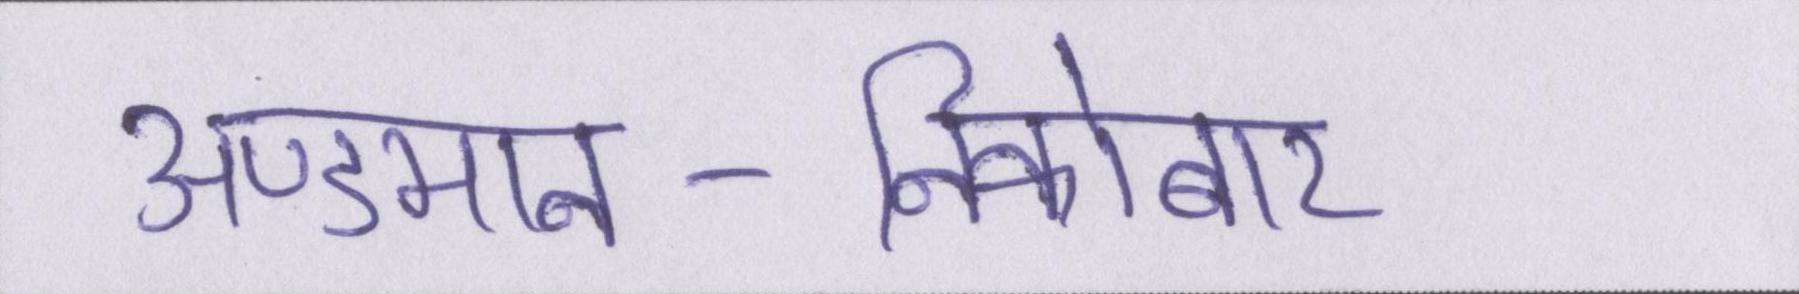
अण्डमान-निकोबार